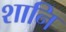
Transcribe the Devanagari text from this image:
शानि